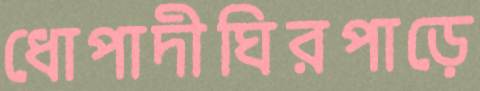
ধোপাদীঘিরপাড়ে